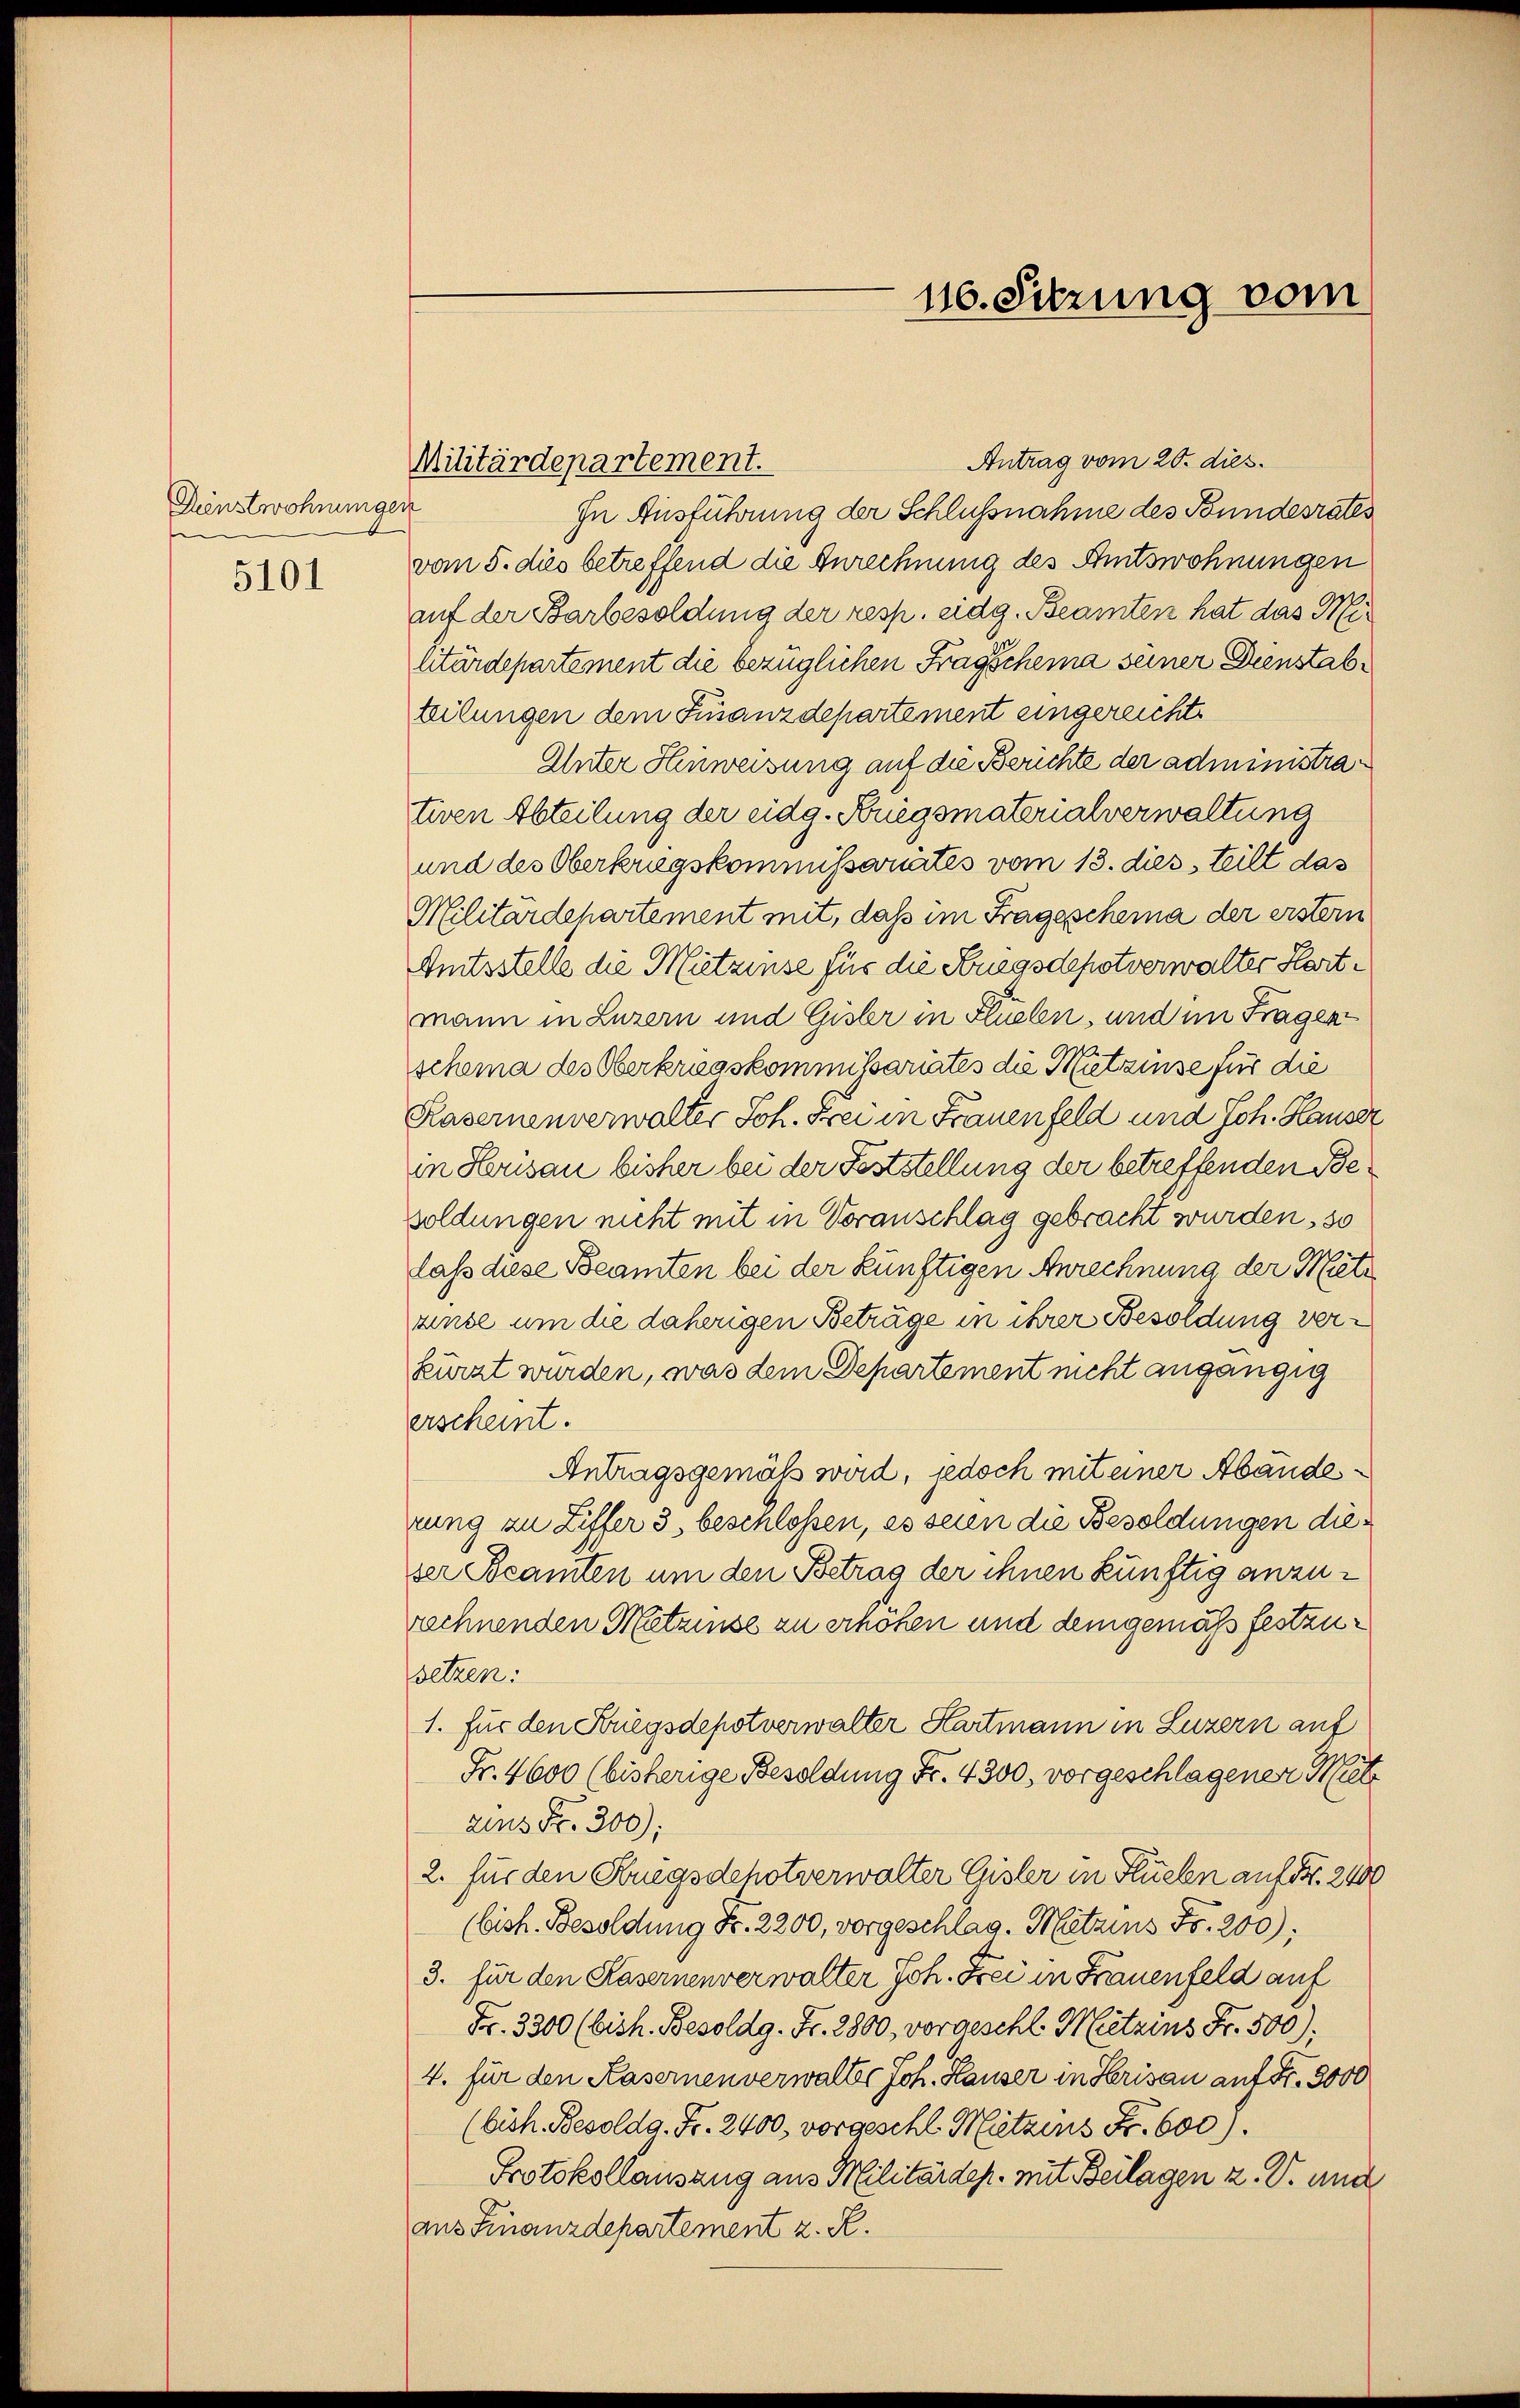
Dienstwohnungen
e
e
5101

Antrag vom 20. dies.
In Ausführung der Schlußnahme des Bundesrates
vom 5. dies betreffend die Anrechnung des Amtswohnungen
auf der Barbesoldung der resp. eidg. Beamten hat das Militärdepartement die bezüglichen Fragschema seiner Dienstabteilungen dem Finanzdepartement eingereicht
Unter Hinweisung auf die Berichte der administrativen Abteilung der eidg. Kriegsmaterialverwaltung
und des Oberkriegskommissarirtes vom 13. dies, teilt das
Militärdepartement mit, daß im Fragescheina der erstern
Amtsstelle die Mietzinse für die Kriegsdepotverwalter Hertmann in Luzern und Gisler in Flüelen, und im Fragen
scheina des Oberkriegskommissariates die Mitzinse für die
Kasernenverwalter Joh. Frei in Frauenfeld und Joh. Hauser
in Herisau bisher bei der Feststellung der betreffenden Besoldungen nicht mit in Voranschlag gebracht wurden , 30
lass diese Beamten bei der künftigen Anrechnung der Metz
zinse um die daherigen Beträge in ihrer Besoldung verkürzt wurden, was dem Departement nicht angängig
erscheint.
Antragsgemäß wird, jedoch mit einer Abänderung zu Ziffer 3, beschloßen, es seien die Besoldungen dieser Beamten um den Betrag der ihnen künftig anzurechnenden Metzinse zu erhöhen und dem gemäß festzusetzen:
1. für den Kriegsdepotverwalter Kartmann in Luzern auf
Fr. 4600 (bisherige Besoldung Fr. 4300, vorgeschlagenen Mite
zius Fr. 300):
2. für den Kriegsdehotverwalter Gisler in Hueln auf Fr. 2400
(bish. Besoldung Fr. 2200, vorgeschlag. Mitzins Fr. 200);
3. für den Kasernenverwalter Joh. Frei in Frauenfeld auf
Fr. 3300 (bish. Besoldg. Fr. 2800, vorgeschl. Mitzins Fr. 500);
4. für den Kasernenverwalter Joh. Hauser in Herisau auf Fr. 3000
(bish. Besoldg. Fr. 2400, vorgeschl. Mützens Fr. 600).
Protokollausung aus Militärdep. mit Beilagen u. V. und
aus Finanzdepartement z. R.

Militärdepartement.

110. Sitzung vom